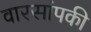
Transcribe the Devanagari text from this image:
वारसांपकी